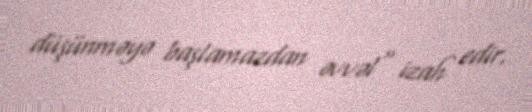
düşünməyə başlamazdan əvvəl" izah edir.